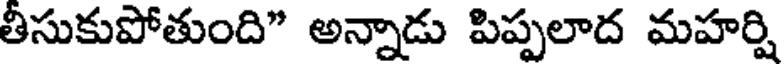
తీసుకుపోతుంది" అన్నాడు పిప్పలాద మహర్షి